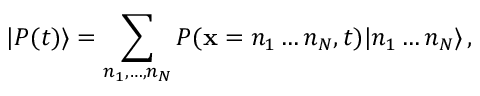
| P ( t ) \rangle = \sum _ { n _ { 1 } , \ldots , n _ { N } } P ( \mathbf { x } = n _ { 1 } \ldots n _ { N } , t ) | n _ { 1 } \ldots n _ { N } \rangle \, ,